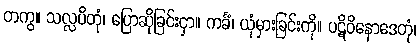
တကွ။ သလ္လပိတုံ၊ ပြောဆိုခြင်းငှာ။ ကင်္ခံ၊ ယုံမှားခြင်းကို။ ပဋိဝိနောဒေတုံ၊